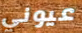
عيوني